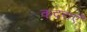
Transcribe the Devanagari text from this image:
कदराएँ